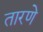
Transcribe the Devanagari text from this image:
तारणे